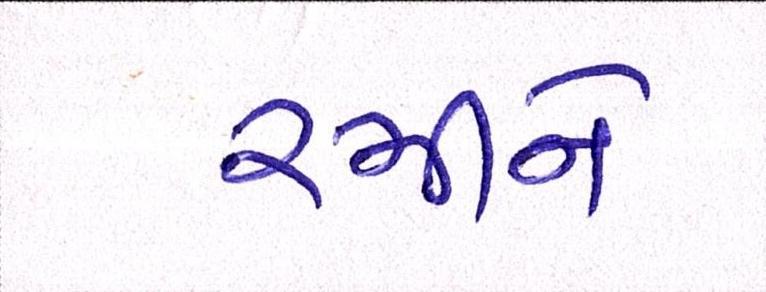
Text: રમીને